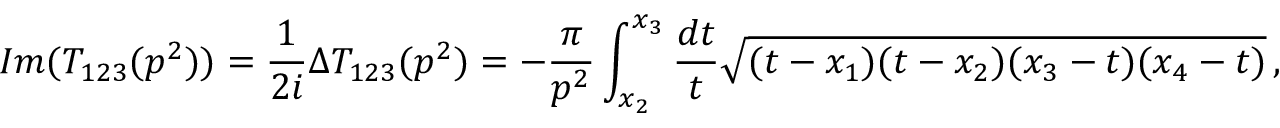
I m ( T _ { 1 2 3 } ( p ^ { 2 } ) ) = \frac { 1 } { 2 i } \Delta T _ { 1 2 3 } ( p ^ { 2 } ) = - \frac { \pi } { p ^ { 2 } } \int _ { x _ { 2 } } ^ { x _ { 3 } } { \frac { d t } { t } } \sqrt { ( t - x _ { 1 } ) ( t - x _ { 2 } ) ( x _ { 3 } - t ) ( x _ { 4 } - t ) } \, ,